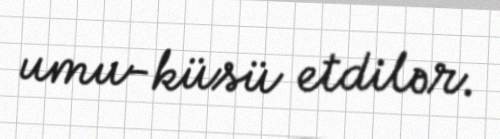
umu-küsü etdilər.